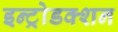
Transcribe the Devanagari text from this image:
इन्ट्रोडक्शन